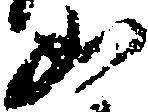
如